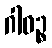
ဂါဓဉ္စ